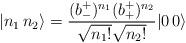
LaTeX: \begin{align*}| n_{1}\, n_{2}\rangle =\frac{(b^{+}_{-})^{n_{1}}(b^{+}_{+})^{n_{2}}}{\sqrt{n_{1}!}\sqrt{n_{2}!}}| 0\, 0\rangle \end{align*}